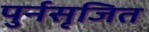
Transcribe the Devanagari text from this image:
पुर्नसृजित